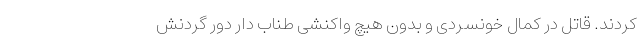
کردند. قاتل در کمال خونسردی و بدون هیچ واکنشی طناب دار دور گردنش